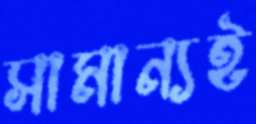
সামান্যই